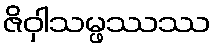
ဇိဝှါသမ္ဖဿဿ